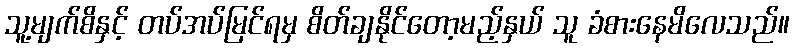
သူ့မျက်စိနှင့် တပ်အပ်မြင်ရမှ စိတ်ချနိုင်တော့မည့်နှယ် သူ ခံစားနေမိလေသည်။